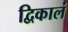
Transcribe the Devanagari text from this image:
द्विकालं